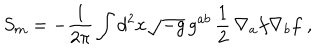
LaTeX: S _ { m } = - { \frac { 1 } { 2 \pi } } \int d ^ { 2 } x \sqrt { - g } \, g ^ { a b } \, { \frac { 1 } { 2 } } \, \nabla _ { a } f \nabla _ { b } f \; ,